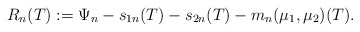
\begin{align*} R_{n}(T) := \Psi_{n} - s_{1n}(T) - s_{2n}(T) - m_{n}(\mu_{1}, \mu_{2})(T). \end{align*}